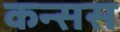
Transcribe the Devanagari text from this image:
कन्सस